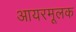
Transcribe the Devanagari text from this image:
आयरमूलक